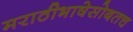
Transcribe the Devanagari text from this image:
मराठीभाषेसोबतच